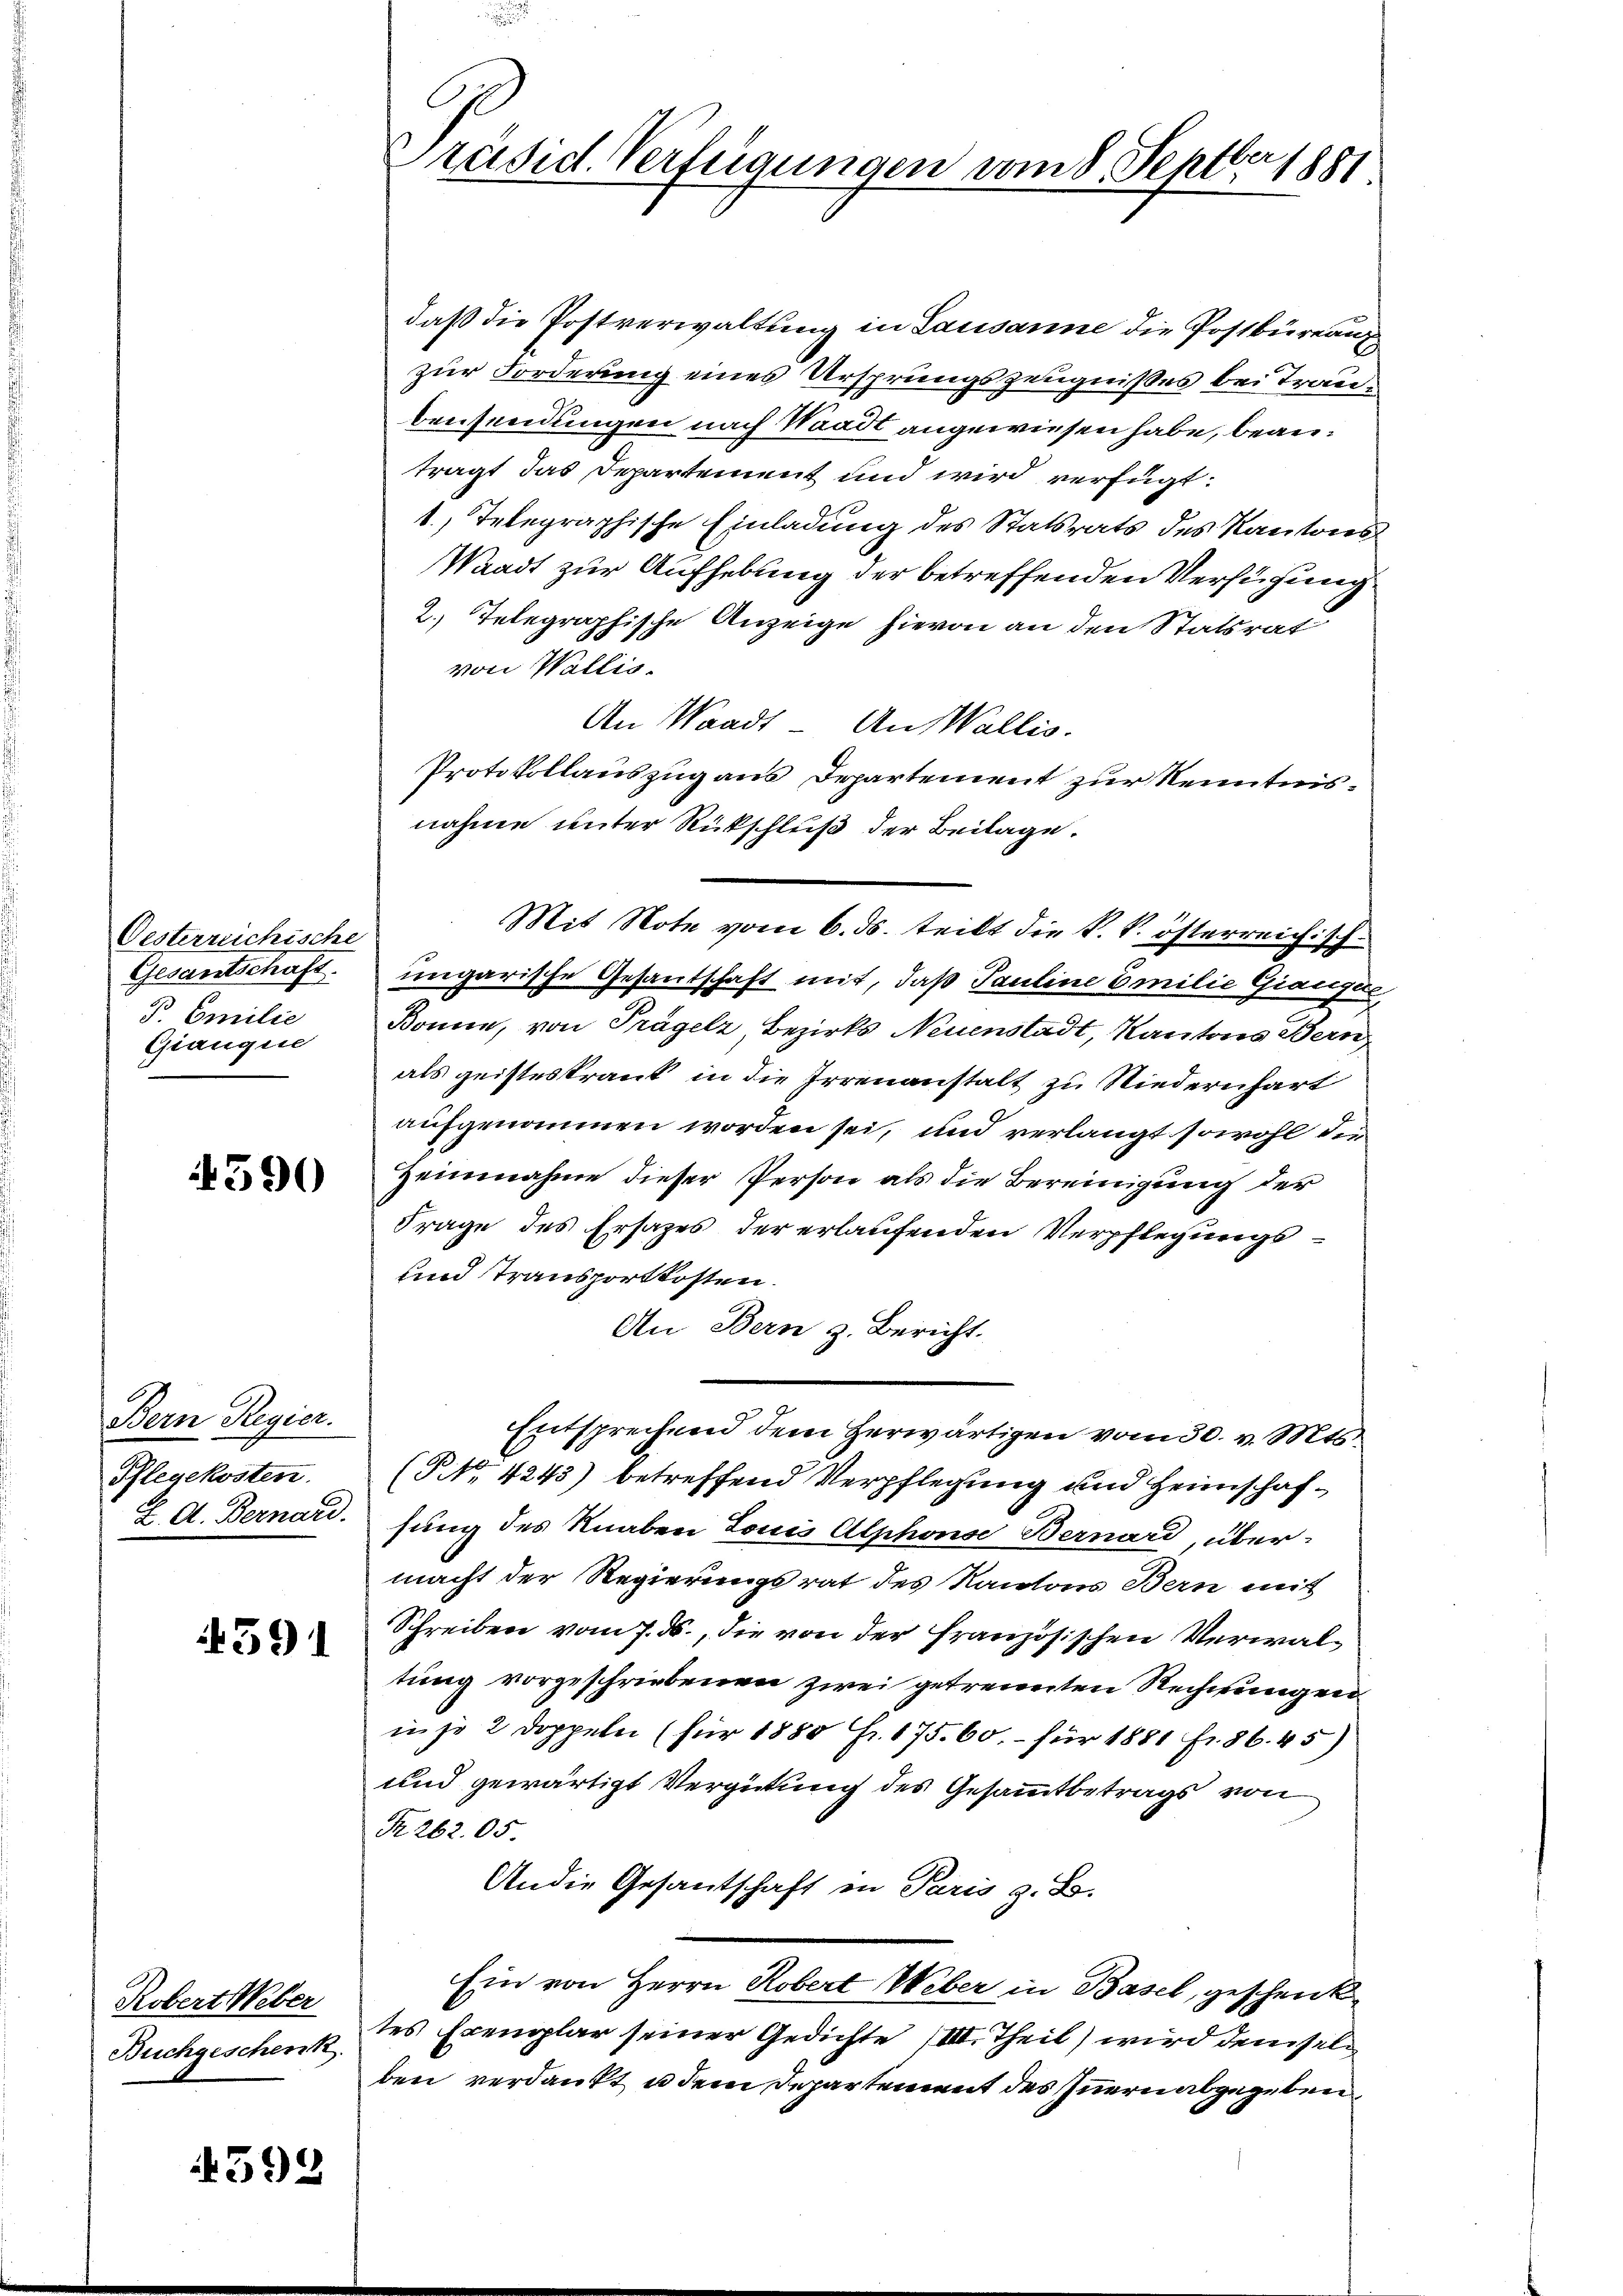
Oesterreichische
Gesantschaft.
B. Emilie
Giangue

4590

Bern Regier.
Phlegekosten.

4591

Robert Weber
Buchgeschenk

393

Präsid. Verfügungen vom 8. Septbr 1881

daß die Postverwaltung in Lausanne die Postbüreaux
zur Forderung eines Ursprungszeugnißes bei Traubewendungen nach Waadt angewiesen habe, beanträgt das Departement und wird verfügt:
1, Telegraphische Einladung des Statsrats des Kantons
Waadt zur Aufhebung der betreffenden Verfügung
2.) Telegraphische Anzeige hievon an den Statsrat
von Wallis.
An Waadt - An Wallis.
Protokollauszug aus Departement zur Kenntnisnahme unter Rückschluß der Beilage.
Mit Note vom 6. ds. teilt die k. k. österreichisch
ungarische Gesandschaft mit, daß Pauline Emilie Giansac
Bonne, von Trägelz Bezirks Neuenstadt, Kantons Bern
als geisteskrank in die Irrenanstalt zu Niedernhart
aufgenommen worden sei, und verlangt sowohl die
Zeinnahme dieser Person als die Bereinigung der
Frage des Ersazes der erlaufenden Verpflegungs¬
und Transportkosten.
An Bern z. Bericht.
Entsprechend dem Herwärtigen vom 30. v. Mts
(PNo. 4243) betreffend Verpflegung und Heimschaf¬
I. A. Bernard sung des Knaben Louis Alphons Bernard, übermacht der Regierungsrat des Kantons Bern mit
Schreiben vom 7. ds., die von der französischen Verwaltung vorgeschriebenen zwei getrennten Rechnungen
in je 2 Doppeln (für 1880 Fr. 175. 60.- für 1881 fr. 86. 45)
und gewärtigt Vergütung des Gesammtbetrags von
R. 262. 05.
Andie Gesantschaft in Paris z. B.
Ein von Herrn Robert Weber in Basel, geschenk
tes Exemplar seiner Gedichte (III. Theil) wird demselben verdankt u dem Departement des Innern abgegeben